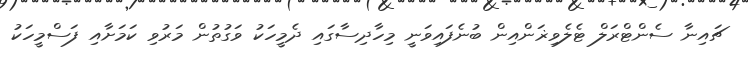
ޗައިނާ ސެންޓްރަލް ޓެލެވިޜަންއިން ބުނެފައިވަނީ މިހާދިސާގައި ދެމީހަކު ވަގުތުން މަރުވި ކަމަށާއި ފަސްމީހަކު